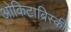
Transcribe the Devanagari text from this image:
ओकिटाब्रिस्की